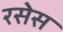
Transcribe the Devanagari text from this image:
रसेस